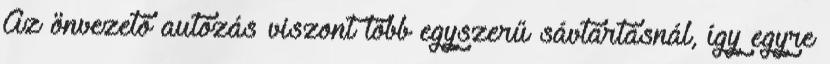
Az önvezető autózás viszont több egyszerű sávtartásnál, így egyre